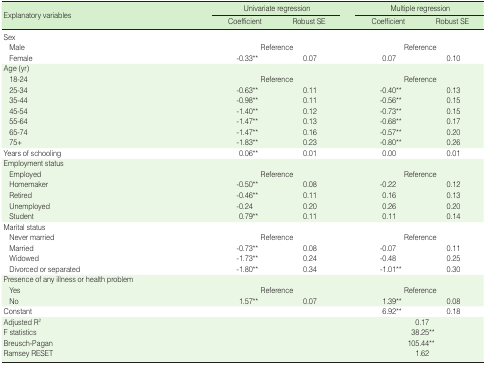
<table><thead><tr><td rowspan="2"><b>Explanatory variables</b></td><td colspan="3"><b>Univariate regression</b></td><td colspan="3"><b>Multiple regression</b></td></tr><tr><td><b>Coefficient</b></td><td></td><td><b>Robust SE</b></td><td><b>Coefficient</b></td><td></td><td><b>Robust SE</b></td></tr></thead><tbody><tr><td>Sex</td><td></td><td></td><td></td><td></td><td></td><td></td></tr><tr><td> Male</td><td></td><td>Reference</td><td></td><td></td><td>Reference</td><td></td></tr><tr><td> Female</td><td>-0.33<sup>**</sup></td><td></td><td>0.07</td><td>0.07</td><td></td><td>0.10</td></tr><tr><td>Age (yr)</td><td></td><td></td><td></td><td></td><td></td><td></td></tr><tr><td> 18-24</td><td></td><td>Reference</td><td></td><td></td><td>Reference</td><td></td></tr><tr><td> 25-34</td><td>-0.63<sup>**</sup></td><td></td><td>0.11</td><td>-0.40<sup>**</sup></td><td></td><td>0.13</td></tr><tr><td> 35-44</td><td>-0.98<sup>**</sup></td><td></td><td>0.11</td><td>-0.56<sup>**</sup></td><td></td><td>0.15</td></tr><tr><td> 45-54</td><td>-1.40<sup>**</sup></td><td></td><td>0.12</td><td>-0.73<sup>**</sup></td><td></td><td>0.15</td></tr><tr><td> 55-64</td><td>-1.47<sup>**</sup></td><td></td><td>0.13</td><td>-0.68<sup>**</sup></td><td></td><td>0.17</td></tr><tr><td> 65-74</td><td>-1.47<sup>**</sup></td><td></td><td>0.16</td><td>-0.57<sup>**</sup></td><td></td><td>0.20</td></tr><tr><td> 75+</td><td>-1.83<sup>**</sup></td><td></td><td>0.23</td><td>-0.80<sup>**</sup></td><td></td><td>0.26</td></tr><tr><td>Years of schooling</td><td>0.06<sup>**</sup></td><td></td><td>0.01</td><td>0.00</td><td></td><td>0.01</td></tr><tr><td>Employment status</td><td></td><td></td><td></td><td></td><td></td><td></td></tr><tr><td> Employed</td><td></td><td>Reference</td><td></td><td></td><td>Reference</td><td></td></tr><tr><td> Homemaker</td><td>-0.50<sup>**</sup></td><td></td><td>0.08</td><td>-0.22</td><td></td><td>0.12</td></tr><tr><td> Retired</td><td>-0.46<sup>**</sup></td><td></td><td>0.11</td><td>0.16</td><td></td><td>0.13</td></tr><tr><td> Unemployed</td><td>-0.24</td><td></td><td>0.20</td><td>0.26</td><td></td><td>0.20</td></tr><tr><td> Student</td><td>0.79<sup>**</sup></td><td></td><td>0.11</td><td>0.11</td><td></td><td>0.14</td></tr><tr><td>Marital status</td><td></td><td></td><td></td><td></td><td></td><td></td></tr><tr><td> Never married</td><td></td><td>Reference</td><td></td><td></td><td>Reference</td><td></td></tr><tr><td> Married</td><td>-0.73<sup>**</sup></td><td></td><td>0.08</td><td>-0.07</td><td></td><td>0.11</td></tr><tr><td> Widowed</td><td>-1.73<sup>**</sup></td><td></td><td>0.24</td><td>-0.48</td><td></td><td>0.25</td></tr><tr><td> Divorced or separated</td><td>-1.80<sup>**</sup></td><td></td><td>0.34</td><td>-1.01<sup>**</sup></td><td></td><td>0.30</td></tr><tr><td>Presence of any illness or health problem</td><td></td><td></td><td></td><td></td><td></td><td></td></tr><tr><td> Yes</td><td></td><td>Reference</td><td></td><td></td><td>Reference</td><td></td></tr><tr><td> No</td><td>1.57<sup>**</sup></td><td></td><td>0.07</td><td>1.39<sup>**</sup></td><td></td><td>0.08</td></tr><tr><td>Constant</td><td></td><td></td><td></td><td>6.92<sup>**</sup></td><td></td><td>0.18</td></tr><tr><td>Adjusted R<sup>2</sup></td><td></td><td></td><td></td><td></td><td>0.17</td><td></td></tr><tr><td>F statistics</td><td></td><td></td><td></td><td></td><td>38.25<sup>**</sup></td><td></td></tr><tr><td>Breusch-Pagan</td><td></td><td></td><td></td><td></td><td>105.44<sup>**</sup></td><td></td></tr><tr><td>Ramsey RESET</td><td></td><td></td><td></td><td></td><td>1.62</td><td></td></tr></tbody></table>